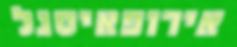
אירופאיסגל